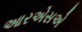
આરએસએ